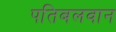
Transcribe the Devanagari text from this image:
पतिबलवान